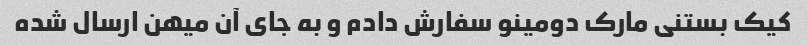
کیک بستنی مارک دومینو سفارش دادم و به جای آن میهن ارسال شده